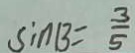
\sin B = \frac { 3 } { 5 }